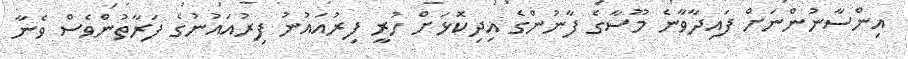
އިންސާނުންނަށް ފައިދާވާނެ މޫސާގެ ފާނުންގެ އިދިކޮޅަށް ހުރީ ފިރުއައުނު ފިރުއައުނުގެ ފަރާތުންވެސް ވެނާ